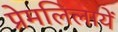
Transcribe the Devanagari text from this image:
प्रेमलिलायें